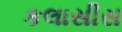
કલાસીસ